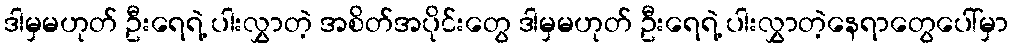
ဒါမှမဟုတ် ဦးရေရဲ့ ပါးလွှာတဲ့ အစိတ်အပိုင်းတွေ ဒါမှမဟုတ် ဦးရေရဲ့ ပါးလွှာတဲ့နေရာတွေပေါ်မှာ